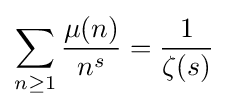
\sum _{n\geq 1}{\frac {\mu (n)}{n^{s}}}={\frac {1}{\zeta (s)}}